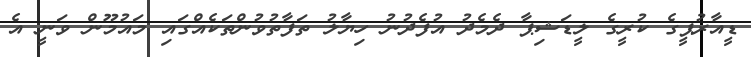
ޑީއާރުޕީގެ ކުރީގެ ލީޑަޝިޕާ ދެމެދު އުފެދުނު ހިޔާލު ތަފާތުވުންތަކެއްގައި މައުމޫން ވަނީ އެ